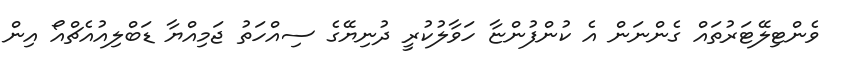
ވެންޓިލޭޓަރުތައް ގެންނަން އެ ކުންފުންޏާ ހަވާލުކުރީ ދުނިޔޭގެ ސިއްހަތު ޖަމިއްޔާ ޑަބްލިއުއެޗްއޯ އިން